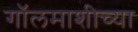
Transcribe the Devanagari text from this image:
गॉलमाशीच्या